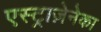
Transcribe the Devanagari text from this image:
एस्ट्राज़ेनेका